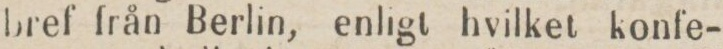
bref från Berlin, enligt hvilket konfe-